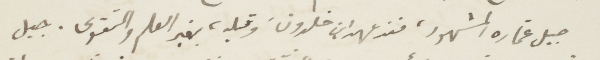
جبل غماره المشهور، منذ عهد ابن خلدون، وقبله، بغير العلم والتقوى. جبل